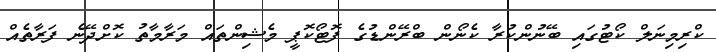
ކްރިމިނަލް ކޯޓުގައި ބޭނުންކުރާ ކެނޯން ބްރޭންޑުގެ ފޮޓޯކޮޕީ މެޝިންތައް މަރާމާތު ކޮށްދޭނެ ފަރާތެއް